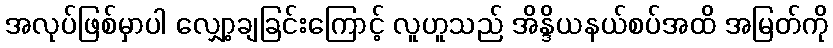
အလုပ်ဖြစ်မှာပါ လျှော့ချခြင်းကြောင့် လူဟူသည် အိန္ဒိယနယ်စပ်အထိ အမြတ်ကို